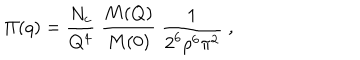
\Pi ( q ) = \frac { N _ { c } } { Q ^ { 4 } } \; \frac { M ( Q ) } { M ( 0 ) } \; \frac { 1 } { 2 ^ { 6 } \rho ^ { 6 } \pi ^ { 2 } } \; ,